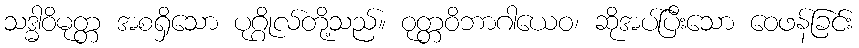
သဒ္ဓါဝိမုတ္တ အစရှိသော ပုဂ္ဂိုလ်တို့သည်။ ဝုတ္တဝိဘာဂါယေဝ၊ ဆိုအပ်ပြီးသော ဝေဖန်ခြင်း